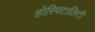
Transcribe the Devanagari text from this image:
होस्पिटालिटी